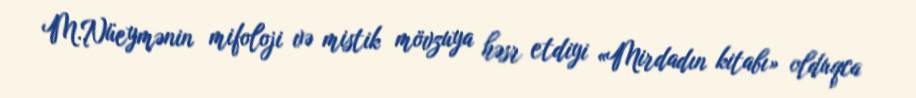
M.Nüeymənin mifoloji və mistik mövzuya həsr etdiyi «Mirdadın kitabı» olduqca